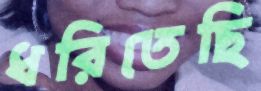
ধরিতেছি